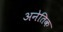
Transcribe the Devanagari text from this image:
अनेतिक